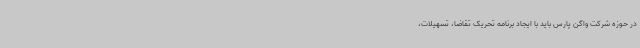
در حوزه شرکت واگن پارس باید با ایجاد برنامه تحریک تقاضا، تسهیلات،